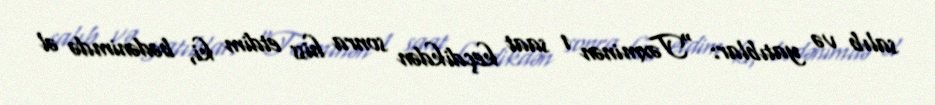
salıb və yatıblar: "Təxminən 1 saat keçdikdən sonra hiss etdim ki, bədənimdə əl